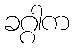
ခဂ္ဂါက